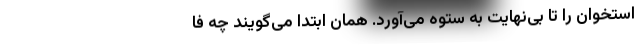
استخوان را تا بی‌نهایت به ستوه می‌آورد. همان ابتدا می‌گویند چه فا